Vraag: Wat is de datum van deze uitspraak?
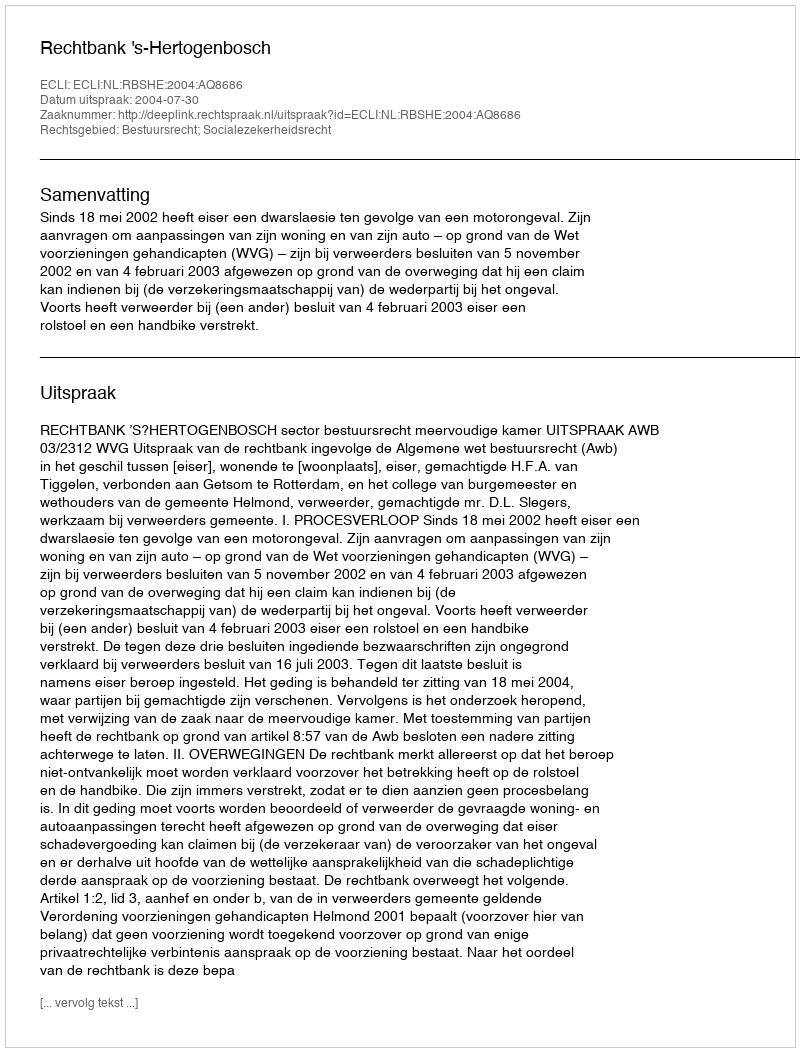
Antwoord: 2004-07-30